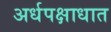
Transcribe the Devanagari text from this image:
अर्धपक्षाधात